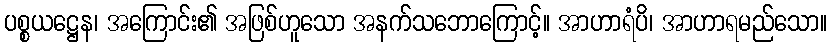
ပစ္စယဋ္ဌေန၊ အကြောင်း၏ အဖြစ်ဟူသော အနက်သဘောကြောင့်။ အာဟာရံပိ၊ အာဟာရမည်သော။